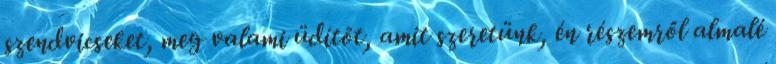
szendvicseket, meg valami üdítőt, amit szeretünk, én részemről almalé